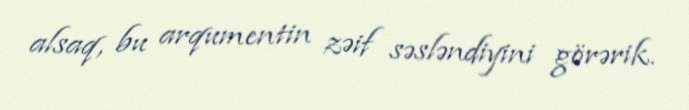
alsaq, bu arqumentin zəif səsləndiyini görərik.